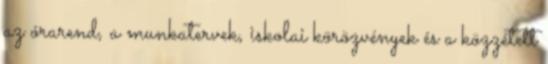
az órarend, a munkatervek, iskolai körözvények és a közzétett